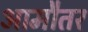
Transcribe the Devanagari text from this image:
आमौतर